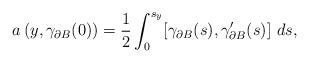
LaTeX: \begin{align*} a\left(y,\gamma_{\partial B}(0)\right) = \frac{1}{2}\int_0^{s_y}[\gamma_{\partial B}(s),\gamma_{\partial B}'(s)]\ ds,\end{align*}